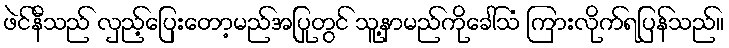
ဖဲင်နီသည် လှည့်ပြေးတော့မည်အပြုတွင် သူ့နာမည်ကိုခေါ်သံ ကြားလိုက်ရပြန်သည်။